Vaccination in Bombay 1856-1862 - 1856-1862
Year: 1856
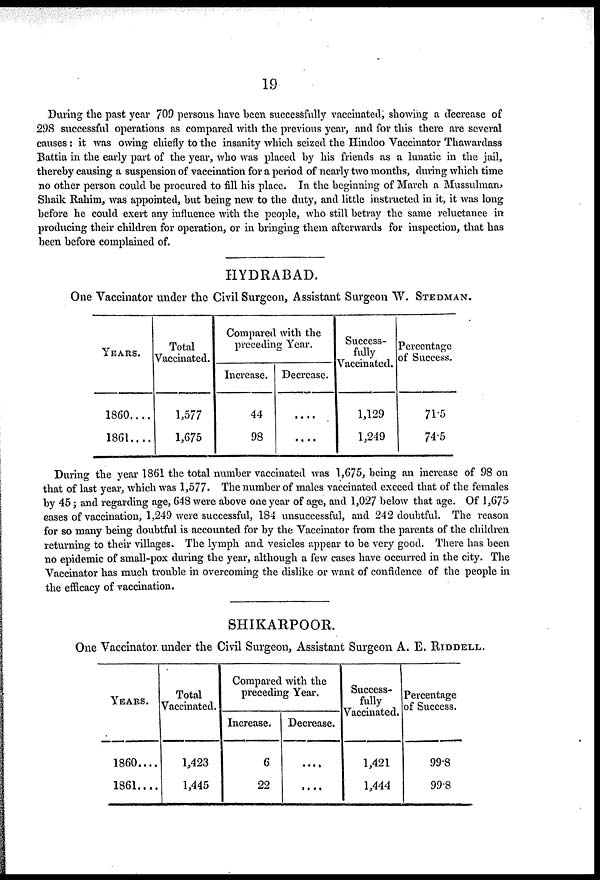
19
During the past year 709 persons have been successfully vaccinated, showing a decrease of
298 successful operations as compared with the previous year, and for this there are several
causes: it was owing chiefly to the insanity which seized the Hindoo Vaccinator Thawardass
Battia in the early part of the year, who was placed by his friends as a lunatic in the jail,
thereby causing a suspension of vaccination for a period of nearly two months, during which time
no other person could be procured to fill his place. In the beginning of March a Mussulman,
Shaik Rahim, was appointed, but being new to the duty, and little instructed in it, it was long
before he could exert any influence with the people, who still betray the same reluctance in
producing their children for operation, or in bringing them afterwards for inspection, that has
been before complained of.
HYDRABAD.
One Vaccinator under the Civil Surgeon, Assistant Surgeon W. STEDMAN.
YEARS.
1860....
1861....
Total
Vaccinated.
1,577
1,675
Compared with the
preceding Year.
Increase.
44
98
Decrease.
....
....
Success-
fully
Vaccinated.
1,129
1,249
Percentage
of Success.
71.5
74.5
During the year 1861 the total number vaccinated was 1,675, being an increase of 98 on
that of last year, which was 1,577. The number of males vaccinated exceed that of the females
by 45; and regarding age, 648 were above one year of age, and 1,027 below that age. Of 1,675
eases of vaccination, 1,249 were successful, 184 unsuccessful, and 242 doubtful. The reason
for so many being doubtful is accounted for by the Vaccinator from the parents of the children
returning to their villages. The lymph and vesicles appear to be very good. There has been
no epidemic of small-pox during the year, although a few cases have occurred in the city. The
Vaccinator has much trouble in overcoming the dislike or want of confidence of the people in
the efficacy of vaccination.
SHIKARPOOR.
One Vaccinator under the Civil Surgeon, Assistant Surgeon A. E. RIDDELL.
YEARS.
1860....
1861....
Total
Vaccinated.
1,423
1,445
Compared with the
preceding Year.
Increase.
6
22
Decrease.
....
....
Success-
fully
Vaccinated.
1,421
1,444
Percentage
of Success.
99.8
99.8